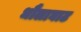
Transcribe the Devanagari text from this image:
धौलाघाट